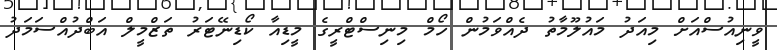
ވީނިއުސްއަށް މިއަދު މައުލޫމާތު ދެއްވަމުން ހޯމް މިނިސްޓްރީގެ މީޑިއާ ކޯޑިނޭޓަރު ތަޒްމީލް އަބްދުއްސަަމަދު